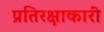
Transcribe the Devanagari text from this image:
प्रतिरक्षाकारी